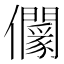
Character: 𠑡